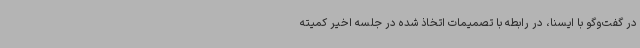
در گفت‌وگو با ایسنا، در رابطه با تصمیمات اتخاذ شده در جلسه اخیر کمیته